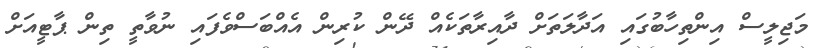
މަޖިލީސް އިންތިހާބުގައި އަދާލަތަށް ދާއިރާތަކެއް ދޭން ކުރިން އެއްބަސްވެފައި ނުވާތީ ތިން ޕާޓީއަށް